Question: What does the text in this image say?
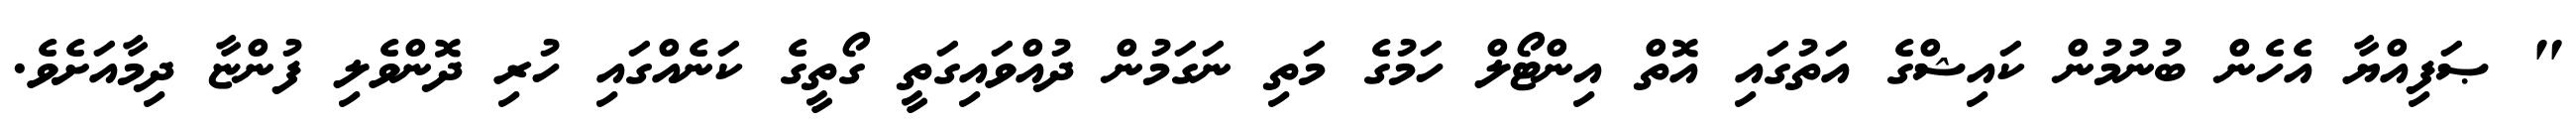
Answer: " ޞަފިއްޔާ އެހެން ބުނުމުން ކައިޝްގެ އަތުގައި އޮތް އިންޓޯލް ހަމުގެ މަތި ނަގަމުން ދުއްވައިގަތީ ގޯތީގެ ކަނެއްގައި ހުރި ދޮންވެލި ފުންޏާ ދިމާއަށެވެ.